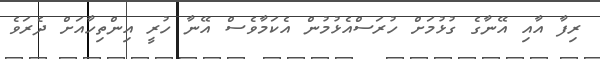
ރިފާ އާއި އޭނާގެ ގުޅުމަށް ހުރަސްއެޅުމުން އެކަމާވެސް އޭނާ ހުރީ އިންތިހާއަށް ދެރަވެ